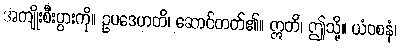
အကျိုးစီးပွားကို။ ဥပဒေဟတိ၊ ဆောင်တတ်၏။ ဣတိ၊ ဤသို့။ ယံဝစနံ၊